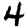
Digit: 4